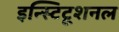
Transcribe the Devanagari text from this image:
इन्स्टिटूशनल